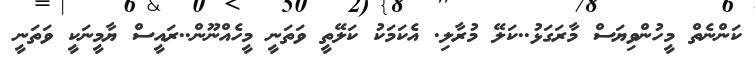
ކަންނެތް މީހުންވިޔަސް މާރަގަޅު..ކަލޭ މުރާލި. އެކަމަކު ކަލޭތީ ވަތަނީ މީހެއްނޫން..ރައީސް ޔާމީނަކީ ވަތަނީ